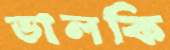
ডালকি